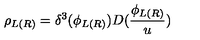
\rho _ { L ( R ) } = \delta ^ { 3 } ( \phi _ { L ( R ) } ) D ( \frac { \phi _ { L ( R ) } } u )